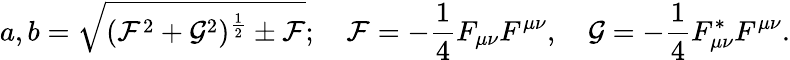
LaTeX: a,b=\sqrt{({\cal F}^{2}+{\cal G}^{2})^{\frac{1}{2}}\pm{\cal F}};\quad{\cal F}=-\frac{1}{4}F_{\mu\nu}F^{\mu\nu},\quad{\cal G}=-\frac{1}{4}F_{\mu\nu}^{*}F^{\mu\nu}.